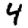
Digit: 4